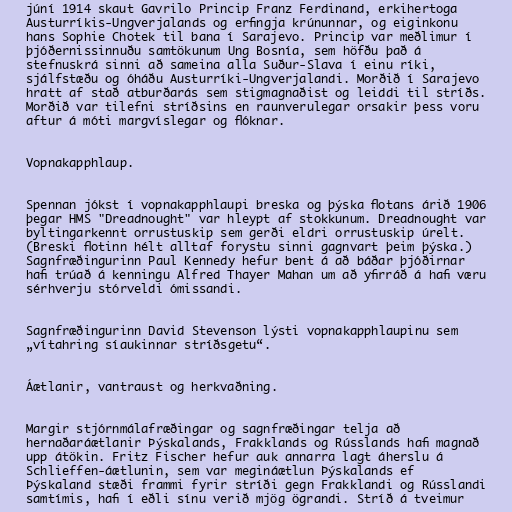
júní 1914 skaut Gavrilo Princip Franz Ferdinand, erkihertoga
Austurríkis-Ungverjalands og erfingja krúnunnar, og eiginkonu
hans Sophie Chotek til bana í Sarajevo. Princip var meðlimur í
þjóðernissinnuðu samtökunum Ung Bosnía, sem höfðu það á
stefnuskrá sinni að sameina alla Suður-Slava í einu ríki,
sjálfstæðu og óháðu Austurríki-Ungverjalandi. Morðið í Sarajevo
hratt af stað atburðarás sem stigmagnaðist og leiddi til stríðs.
Morðið var tilefni stríðsins en raunverulegar orsakir þess voru
aftur á móti margvíslegar og flóknar.

Vopnakapphlaup.

Spennan jókst í vopnakapphlaupi breska og þýska flotans árið 1906
þegar HMS "Dreadnought" var hleypt af stokkunum. Dreadnought var
byltingarkennt orrustuskip sem gerði eldri orrustuskip úrelt.
(Breski flotinn hélt alltaf forystu sinni gagnvart þeim þýska.)
Sagnfræðingurinn Paul Kennedy hefur bent á að báðar þjóðirnar
hafi trúað á kenningu Alfred Thayer Mahan um að yfirráð á hafi væru
sérhverju stórveldi ómissandi.

Sagnfræðingurinn David Stevenson lýsti vopnakapphlaupinu sem
„vítahring síaukinnar stríðsgetu“.

Áætlanir, vantraust og herkvaðning.

Margir stjórnmálafræðingar og sagnfræðingar telja að
hernaðaráætlanir Þýskalands, Frakklands og Rússlands hafi magnað
upp átökin. Fritz Fischer hefur auk annarra lagt áherslu á
Schlieffen-áætlunin, sem var megináætlun Þýskalands ef
Þýskaland stæði frammi fyrir stríði gegn Frakklandi og Rússlandi
samtímis, hafi í eðli sínu verið mjög ögrandi. Stríð á tveimur